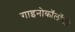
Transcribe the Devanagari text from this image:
गाइनोकॉलॉजी